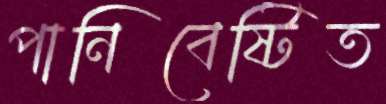
পানিবেষ্টিত